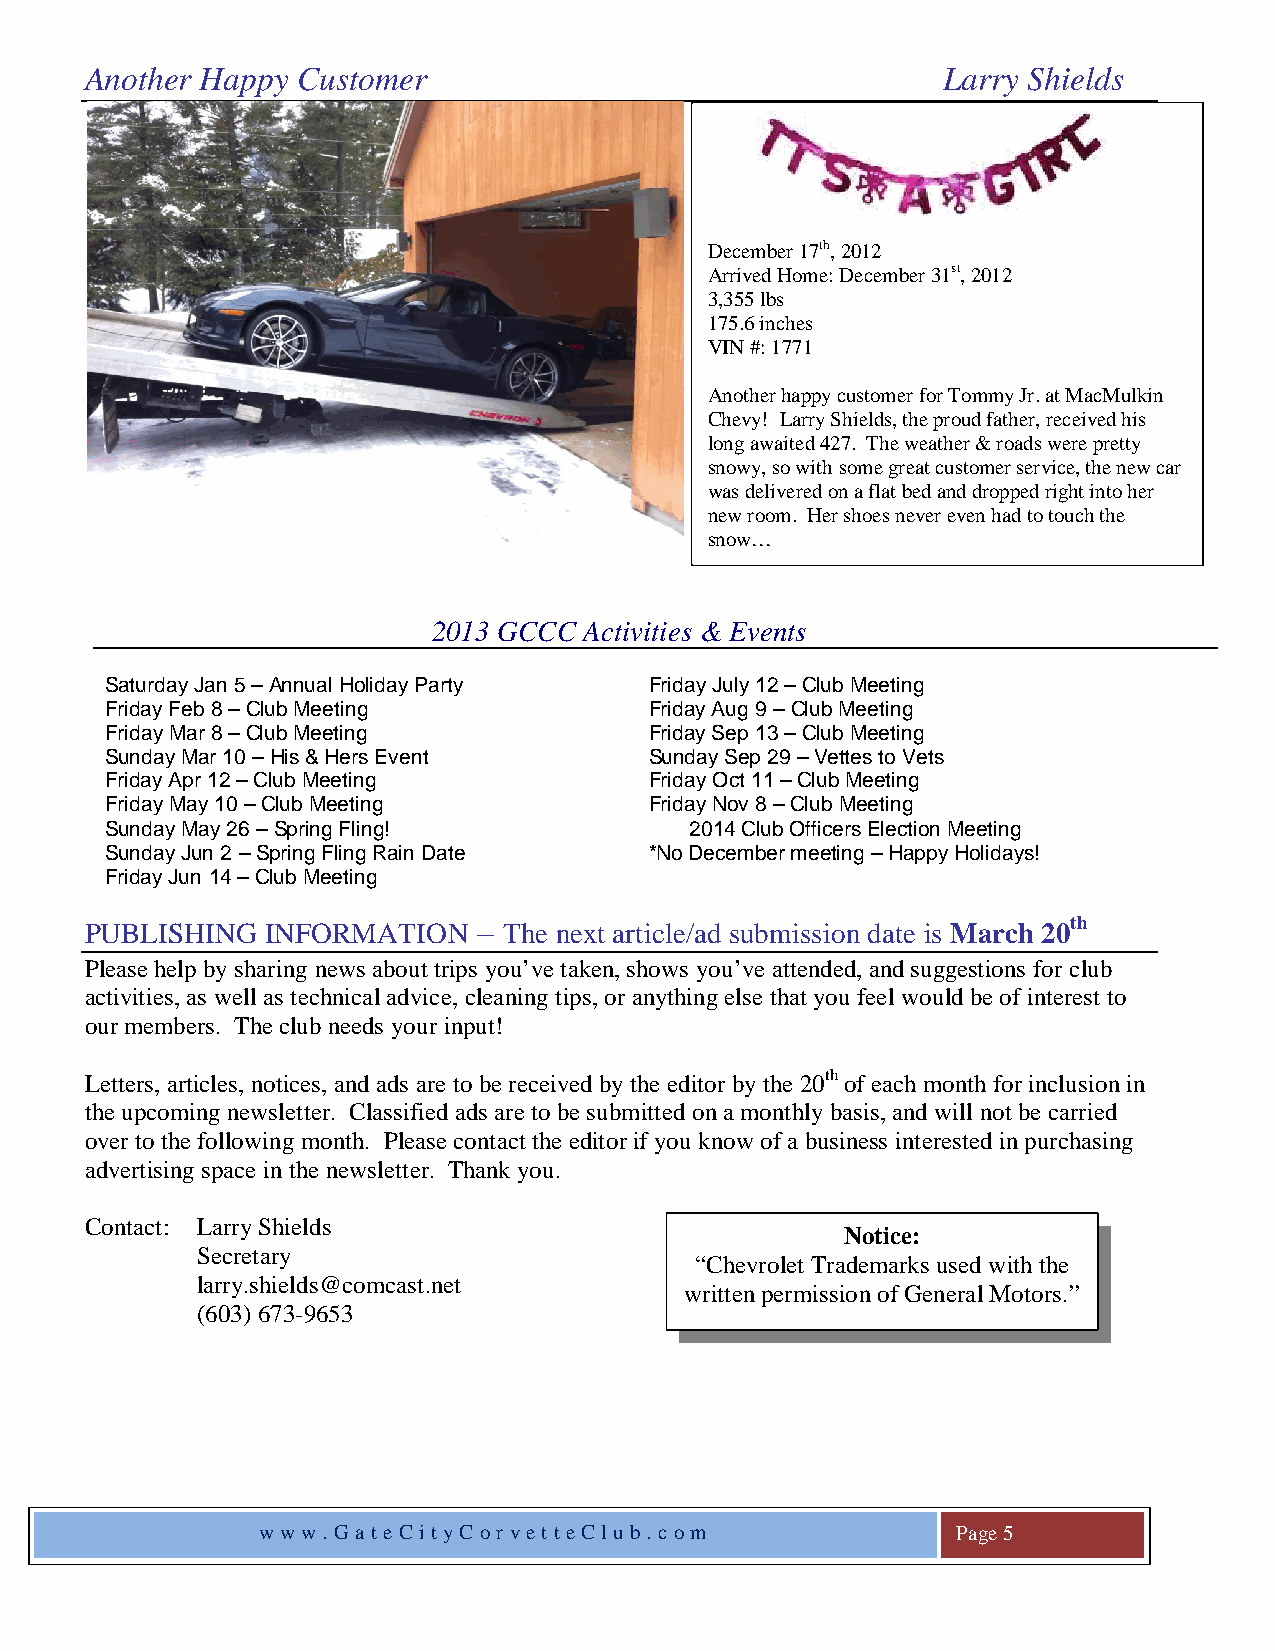
Another Happy Customer                                  Larry Shields
 December 17th, 2012
 Arrived Home: December 31st, 2012
 3,355 lbs
 175.6 inches
 VIN #: 1771
 Another happy customer for Tommy Jr. at MacMulkin
 Chevy! Larry Shields, the proud father, received his
 long awaited 427. The weather & roads were pretty
 snowy, so with some great customer service, the new car
 was delivered on a flat bed and dropped right into her
 new room. Her shoes never even had to touch the
 snow…
 2013 GCCC Activities & Events
 Saturday Jan 5 – Annual Holiday Party Friday July 12 – Club Meeting
 Friday Feb 8 – Club Meeting         Friday Aug 9 – Club Meeting
 Friday Mar 8 – Club Meeting         Friday Sep 13 – Club Meeting
 Sunday Mar 10 – His & Hers Event    Sunday Sep 29 – Vettes to Vets
 Friday Apr 12 – Club Meeting        Friday Oct 11 – Club Meeting
 Friday May 10 – Club Meeting        Friday Nov 8 – Club Meeting
 Sunday May 26 – Spring Fling!          2014 Club Officers Election Meeting
 Sunday Jun 2 – Spring Fling Rain Date *No December meeting – Happy Holidays!
 Friday Jun 14 – Club Meeting
 PUBLISHING  INFORMATION   – The next article/ad submission date is March 20th
 Please help by sharing news about trips you’ve taken, shows you’ve attended, and suggestions for club
 activities, as well as technical advice, cleaning tips, or anything else that you feel would be of interest to
 our members. The club needs your input!
 Letters, articles, notices, and ads are to be received by the editor by the 20th of each month for inclusion in
 the upcoming newsletter. Classified ads are to be submitted on a monthly basis, and will not be carried
 over to the following month. Please contact the editor if you know of a business interested in purchasing
 advertising space in the newsletter. Thank you.
 Contact: Larry Shields
 Notice:
 Secretary
 “Chevrolet Trademarks used with the
 larry.shields@comcast.net
 written permission of General Motors.”
 (603) 673-9653
 ww w. Gat eCit yC or vet teClu b. com         Page 5